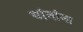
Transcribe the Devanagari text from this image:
यांनांना